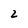
Character: 2